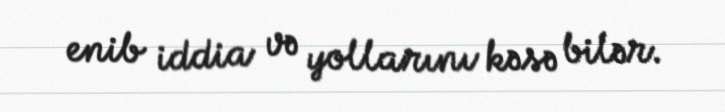
enib iddia və yollarını kəsə bilər.